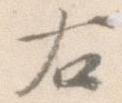
右